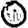
Digit: 0